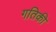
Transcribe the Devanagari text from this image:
गतिकी